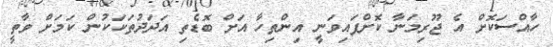
ހާއްސަކޮށް އެ ޖޫރިމަނާ ކޮށްފައިވަނީ އިންތިހާ އަށް ބޮޑެތި އަދަދުތަކަކުން ކަމަށް ވާތީ